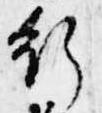
行